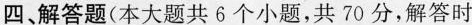
四、解答题(本大题共6个小题，共70分，解答时